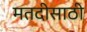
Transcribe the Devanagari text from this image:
मतदीसाठी